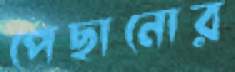
পেছানোর